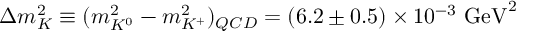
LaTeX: \Delta m _ { K } ^ { 2 } \equiv ( m _ { K ^ { 0 } } ^ { 2 } - m _ { K ^ { + } } ^ { 2 } ) _ { Q C D } = ( 6 . 2 \pm 0 . 5 ) \times 1 0 ^ { - 3 } ~ \mathrm { G e V } ^ { 2 }